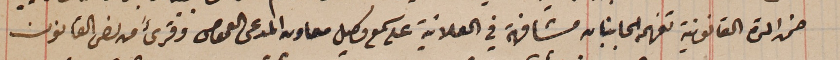
ضمن المدة القانونية تفهم الجانبان مشافهة في العلانية على سمع وكيل معاون المدعى العمومى وقرىءَ من نص القانون